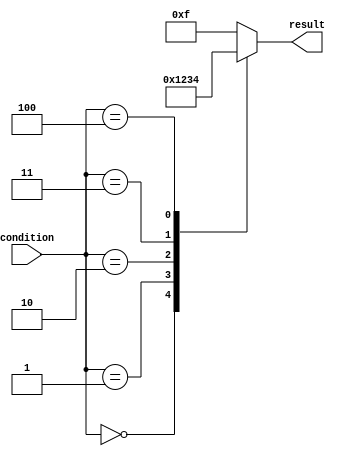
module parallel_case_statement (
    input wire [2:0] condition,
    output reg [3:0] result
);

always @(*) begin
    case (condition)
        3'b000: begin
            result = 4'b0000; // execute statements for condition 000
        end
        3'b001: begin
            result = 4'b0001; // execute statements for condition 001
        end
        3'b010: begin
            result = 4'b0010; // execute statements for condition 010
        end
        3'b011: begin
            result = 4'b0011; // execute statements for condition 011
        end
        3'b100: begin
            result = 4'b0100; // execute statements for condition 100
        end
        default: begin
            result = 4'b1111; // default case if none of the conditions match
        end
    endcase
end

endmodule